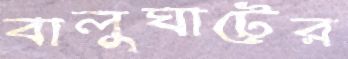
বালুঘাটের